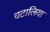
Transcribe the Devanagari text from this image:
चटालिया